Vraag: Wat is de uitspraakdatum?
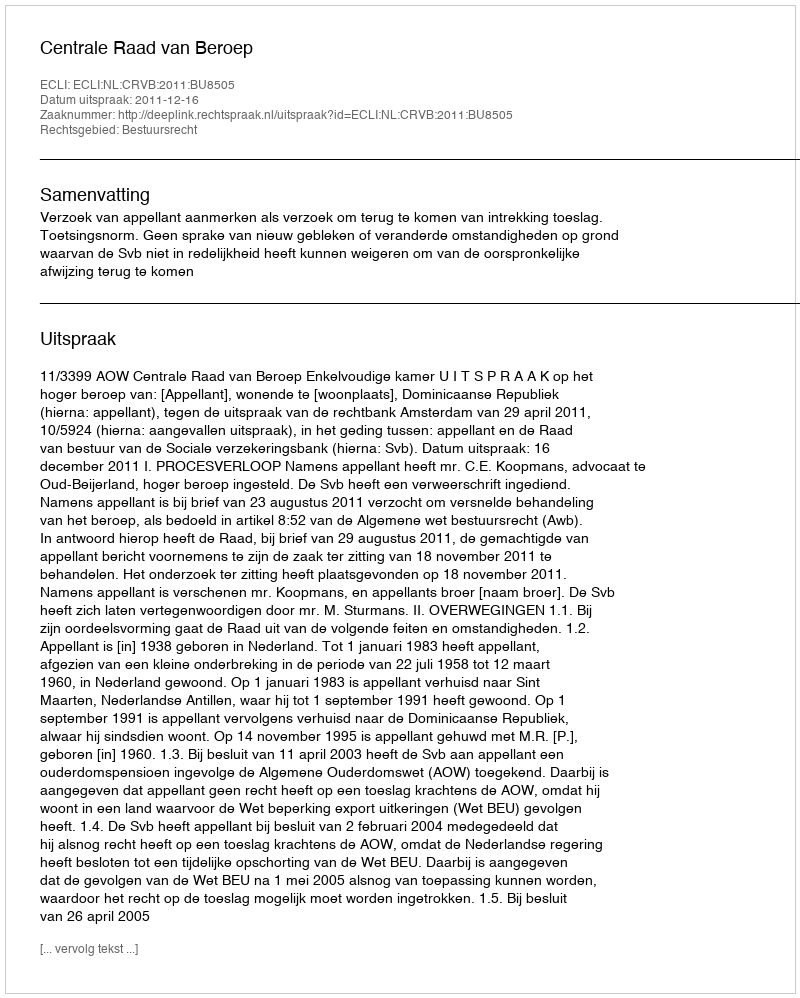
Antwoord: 2011-12-16